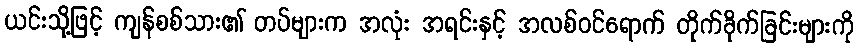
ယင်းသို့ဖြင့် ကျန်စစ်သား၏ တပ်များက အလုံး အရင်းနှင့် အလစ်ဝင်ရောက် တိုက်ခိုက်ခြင်းများကို